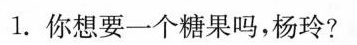
l.你想要一个糖果吗，杨玲?